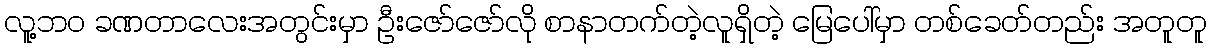
လူ့ဘဝ ခဏတာလေးအတွင်းမှာ ဦးဇော်ဇော်လို စာနာတက်တဲ့လူရှိတဲ့ မြေပေါ်မှာ တစ်ခေတ်တည်း အတူတူ